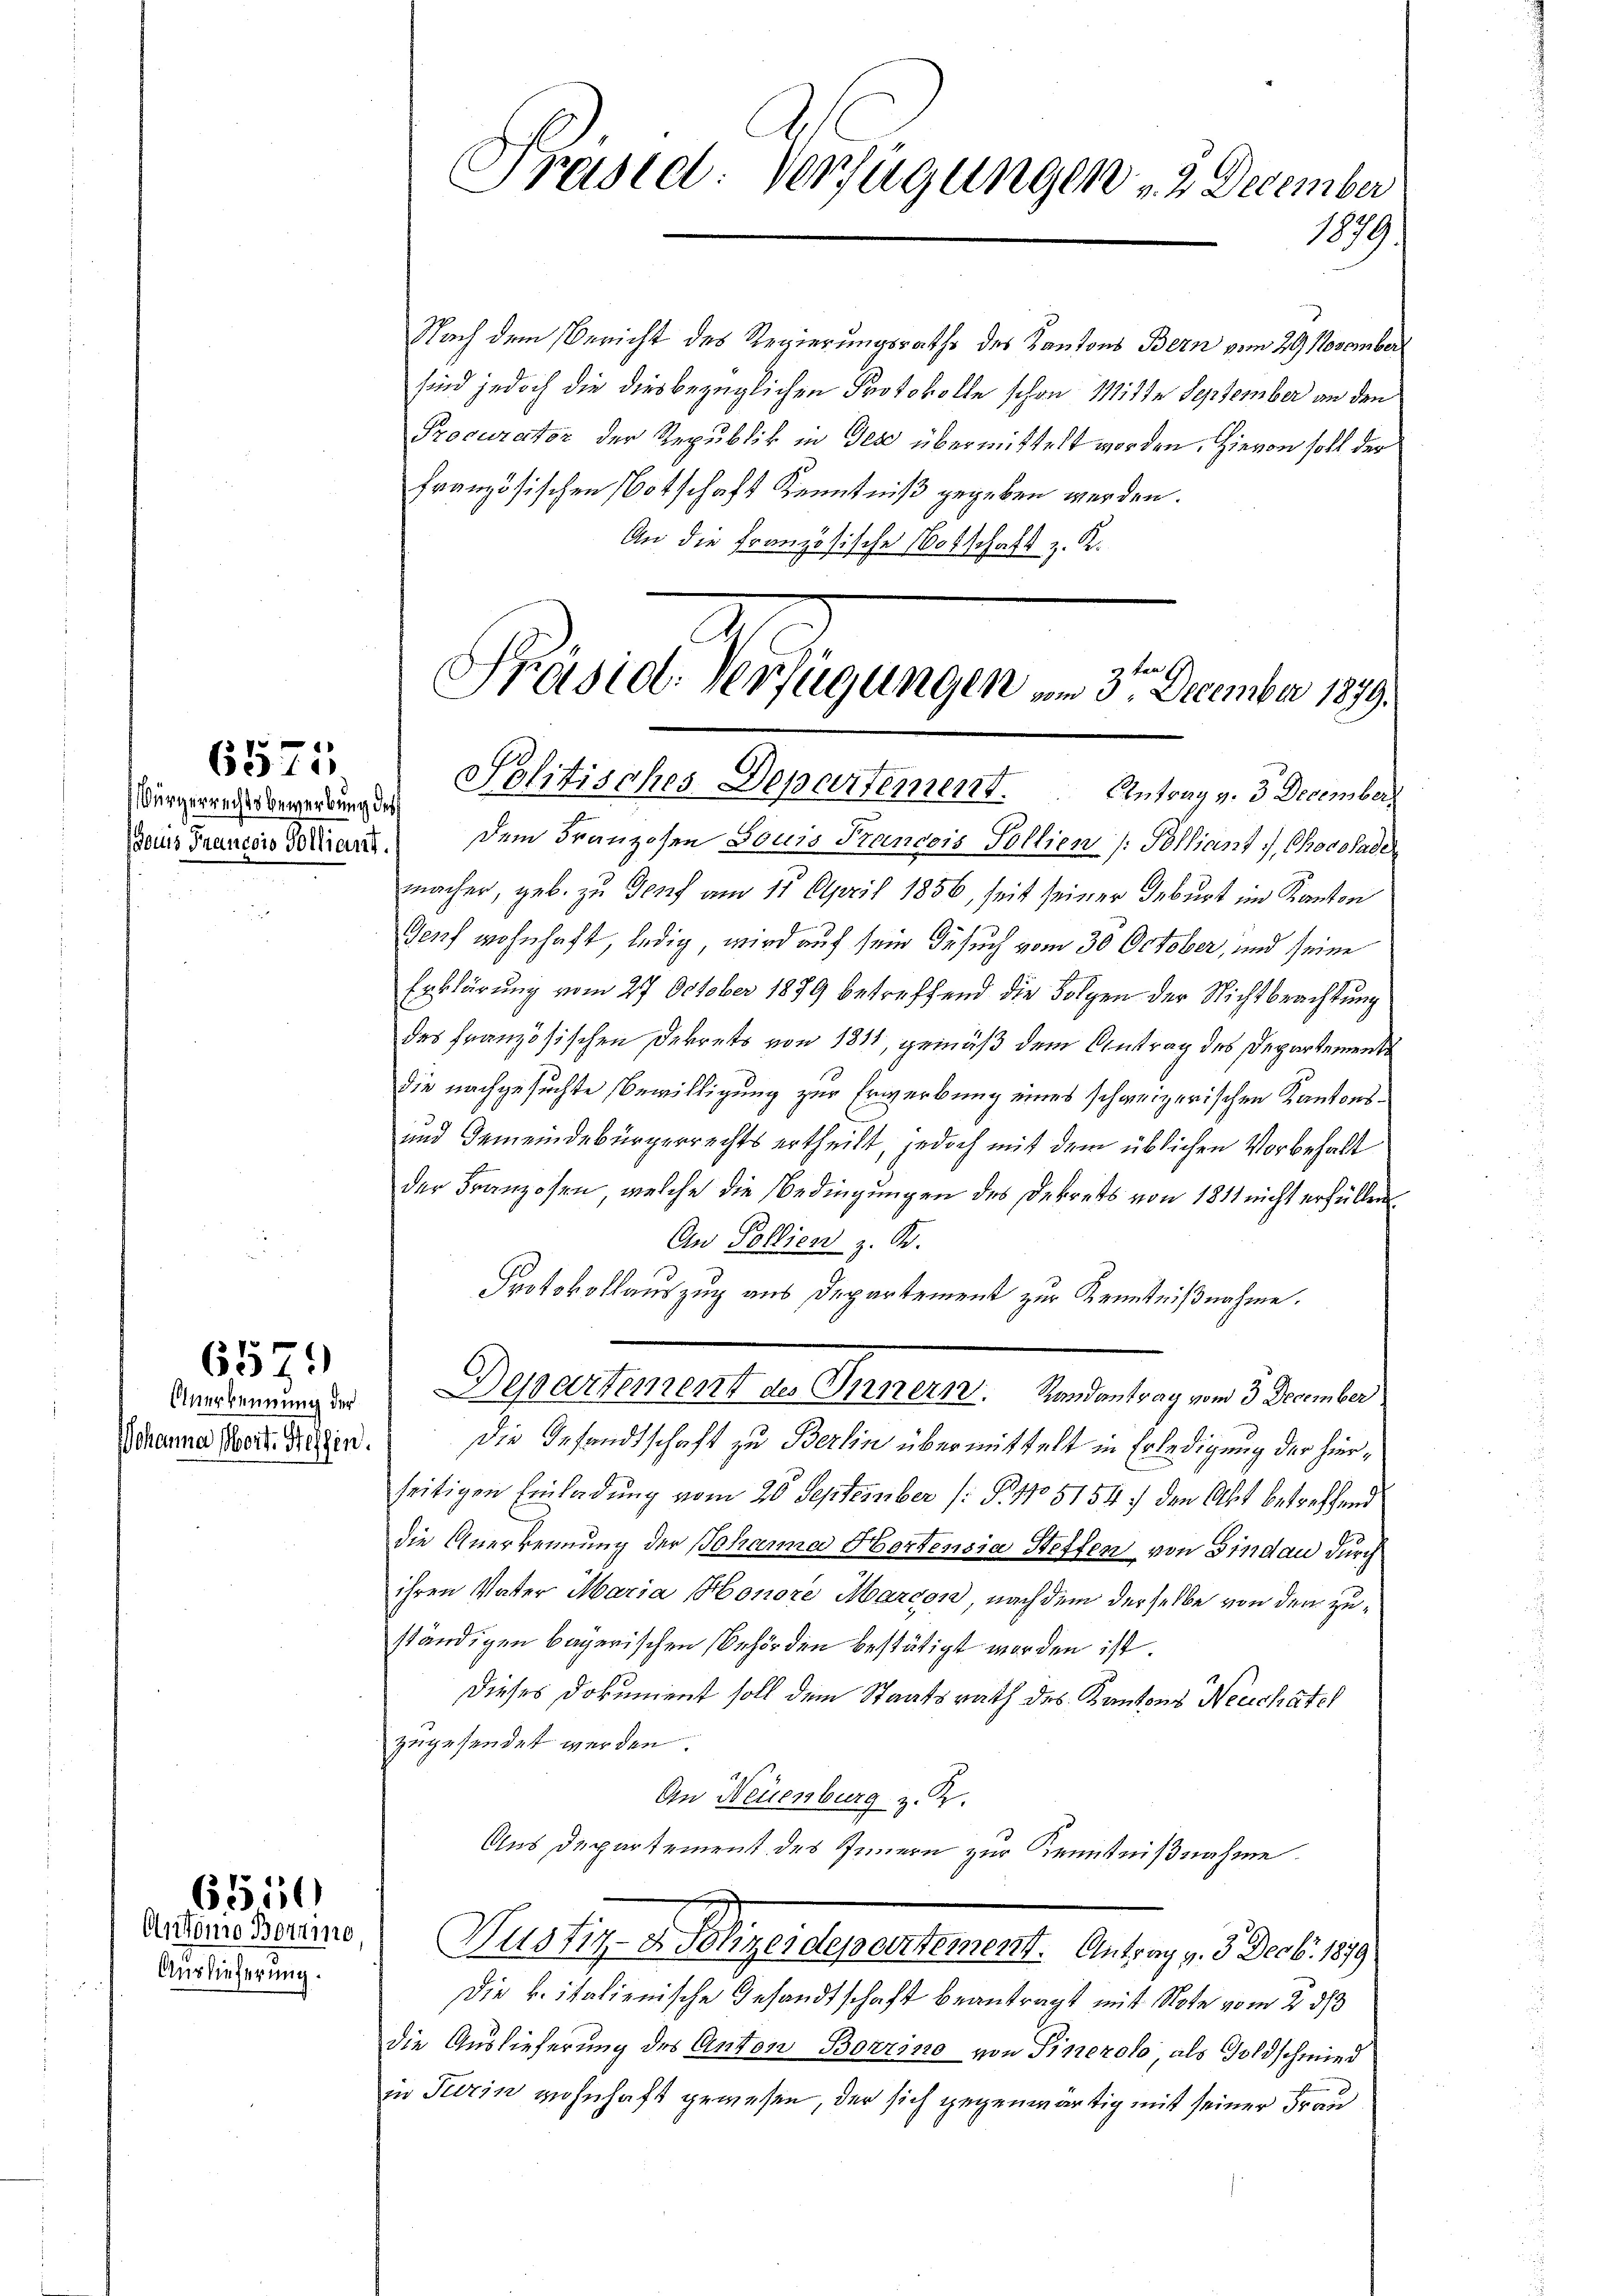
6571
Würgerrechts bewerbung des

Wohanna Wort: Steffen.

657.

Auslieferung.

6550

Präsid. Verfügungen " 2 December
1879.

Nach dem Bericht des Regierungsrathe des Kantons Bern vom 29. November
sind jedoch die diesbezüglichen Protokolle schon Mitte September an den
Procurator der Republik in Des übermittelt worden. Hievon soll der
französischen Botschaft Kenntniß gegeben werden.
An die Französische Botschaft z. K.

Präsid: Verfügungen vom 3te͇n December 1879.
Politisches Departement. Antrag v. 3. December

Anerkennung der Departement des Innern. Randantrag vom 3. December

Bains Francois Stand, dem Franzosen Louis Francois Pollien (Polliant J. Chocolade
macher, geb. zu Genf am 15. April 1856, seit seiner Geburt im Kanton
Genf wohnhaft, ledig, wird auf sein Gesuch vom 30 October, und seine
Erklärung vom 27. October 1879 betreffend die Folgen der Nichtbeachtung
des französischen Dekrets von 1811, gemäß dem Antrag des Departemente
die nachgesuchte Bewilligung zur Erwerbung eines schweizerischen Kantons¬
und Gemeindebürgerrechts ertheilt, jedoch mit dem üblichen Vorbehalt
der Franzosen, welche die Bedingungen des Dekrets von 1811 nicht erfüllen.
An Pollien z. Kr.
Protokollauszug aus Departement zur Kenntnißnahme.
Die Gesandtschaft zu Berlin übermittelt in Erledigung der hierseitigen Einladung vom 26 September (: P. No 5154. den Akt betreffend
die Anerkennung der Johanna Hortensia Steffen von Gindau durch
ihren Vater Maria Honore Marcon, nach dem derselbe von den zuständigen bayerischen Behörden bestätigt worden ist.
Dieses Dokument soll dem Staatsrath des Kantons Neuchâtel
zugesendet werden.
An Neuenburg z. K.
Aus Departement des Innern zur Kenntnißnahme.
Seiteressens, Justiz- u. Scheidepartement. Antrag v. 9. Decbr. 1879
Die k. italienische Gesandtschaft beantragt mit Note vom 2. ds
die Auslieferung des Anton Borrino von Pinerolo, als Goldschmied
in Turin wohnhaft gewesen, der sich gegenwärtig mit seiner Frau